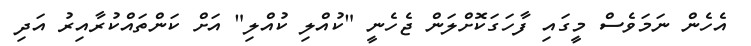
އެހެން ނަމަވެސް މީގައި ފާހަގަކޮށްލަން ޖެހެނީ "ކުއްލި ކުއްލި" އަށް ކަންތައްކުރާއިރު އަދި